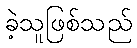
ခဲ့သူဖြစ်သည်